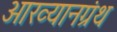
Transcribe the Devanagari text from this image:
आख्यानग्रंथ